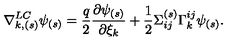
\nabla _ { k , ( s ) } ^ { L C } \psi _ { ( s ) } = { \frac { q } { 2 } } { \frac { \partial \psi _ { ( s ) } } { \partial \xi _ { k } } } + { \frac { 1 } { 2 } } \Sigma _ { i j } ^ { ( s ) } \Gamma _ { k } ^ { i j } \psi _ { ( s ) } .